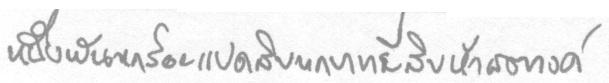
หนึ่งพันหกร้อยแปดสิบบหกบาทยี่สิบห้าสตางค์